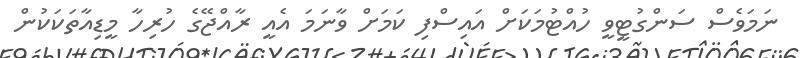
ނަމަވެސް ސަންގުޓީވީ ހުއްޓުމަކަށް އައިސްފި ކަމަށް ވާނަމަ އެއީ ރާއްޖޭގެ ހުރިހާ މީޑިއާތަކަކުން